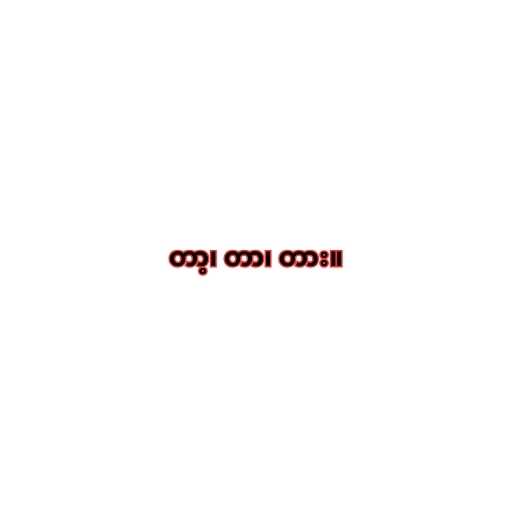
တာ့၊ တာ၊ တား။